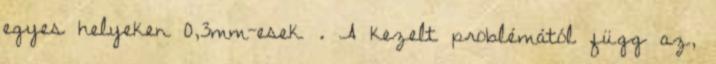
egyes helyeken 0,3mm-esek . A kezelt problémától függ az,